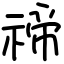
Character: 禘